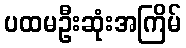
ပထမဦးဆုံးအကြိမ်